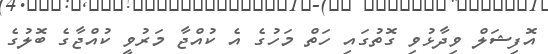
އޮފިޝަލް ވިދާޅުވި ގޮތުގައި ހަތް މަހުގެ އެ ކުއްޖާ މަރުވީ ކުއްޖާގެ ބޮލުގެ